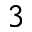
3